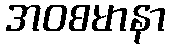
အဝစမာနာ